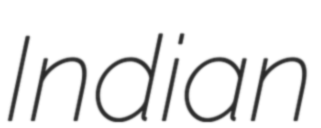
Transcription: Indian